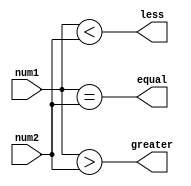
module magnitude_comparator (
    input [7:0] num1,
    input [7:0] num2,
    output greater,
    output less,
    output equal
);

wire greater_than;
wire less_than;
wire equal_to;

assign greater = greater_than;
assign less = less_than;
assign equal = equal_to;

assign greater_than = (num1 > num2);
assign less_than = (num1 < num2);
assign equal_to = (num1 == num2);

endmodule